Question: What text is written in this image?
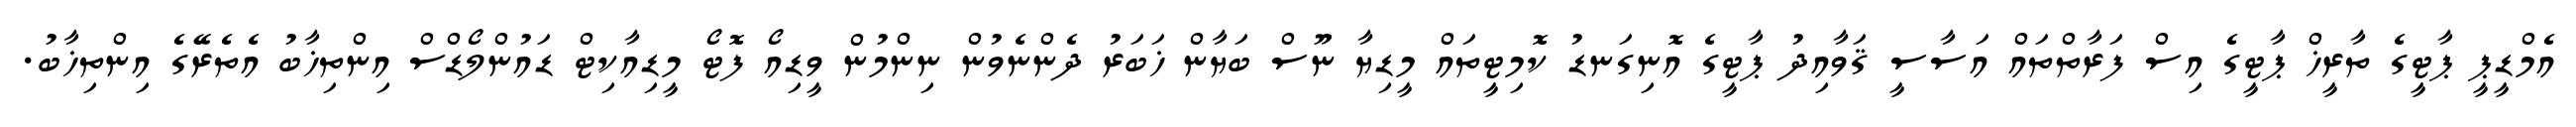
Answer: އެމްޑީޕީ ޕާޓީގެ ތާރީޚް ޕާޓީގެ އިސް ފަރާތްތައް އަސާސީ ޤަވާއިދު ޕާޓީގެ އޮނިގަނޑު ކޮމިޓީތައް މީޑިޔާ ނޫސް ބަޔާން ޚަބަރު ދެންނެވުން ނިންމުން ވީޑިއޯ ފޮޓޯ މީޑިއާކިޓް ޑައުންލޯޑްސް އިންތިޚާބު އެތެރޭގެ އިންތިޚާބު.